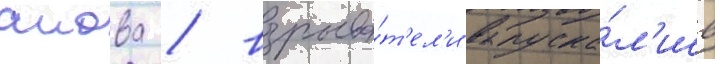
аиова / взрыва́т'ел'и выпуска́л'ись